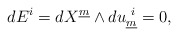
\begin{align*} dE^i = dX^{\underline{m}}\wedge du^{~i}_{\underline{m}} = 0 , \qquad\end{align*}